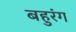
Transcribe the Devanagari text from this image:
बहुरंग